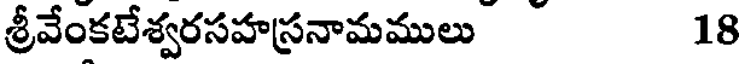
శ్రీవేంకటేశ్వరసహస్రనామములు 18